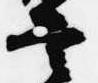
兵